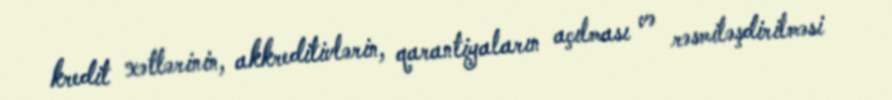
kredit xətlərinin, akkreditivlərin, qarantiyaların açılması və rəsmiləşdirilməsi